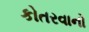
કોતરવાનો